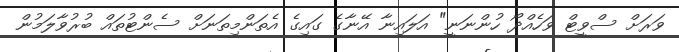
ވަރަށް ސްވީޓް ވަހެއްދޯ ހުންނަނީ" އަލައިނާ އޭނާގެ ގައިގެ އެތަންމިތަނަށް ސެންޓުތައް ބުރުވާލަމުން